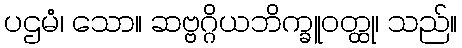
ပဌမံ၊ သော။ ဆဗ္ဗဂ္ဂိယဘိက္ခူဝတ္ထု၊ သည်။